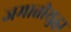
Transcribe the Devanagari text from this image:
जमातीसुद्धा